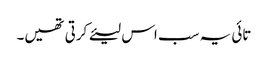
تائی یہ سب اس لیئے کرتی تھیں۔